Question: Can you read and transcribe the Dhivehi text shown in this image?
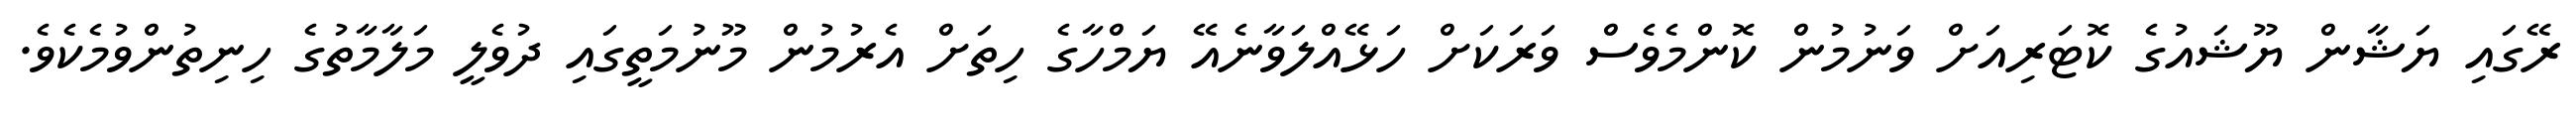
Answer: ރޭގައި ޔަޝާން ޔޫޝައުގެ ކޮޓަރިއަށް ވަނުމުން ކޮންމެވެސް ވަރަކަށް ހަޅޭއްލަވާނެއޭ ޔަމްހާގެ ހިތަށް އެރުމުން މޫނުމަތީގައި ދުވެލީ މަލާމާތުގެ ހިނިތުންވުމެކެވެ.